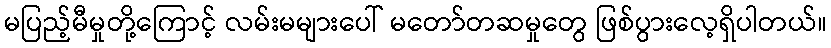
မပြည့်မီမှုတို့ကြောင့် လမ်းမများပေါ် မတော်တဆမှုတွေ ဖြစ်ပွားလေ့ရှိပါတယ်။